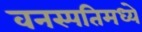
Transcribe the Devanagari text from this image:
वनस्पतिमध्ये